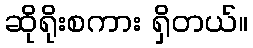
ဆိုရိုးစကား ရှိတယ်။